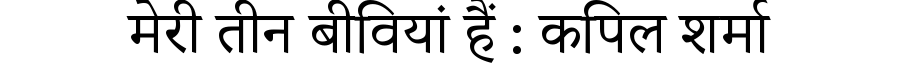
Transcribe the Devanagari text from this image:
मेरी तीन बीवियां हैं : कपिल शर्मा